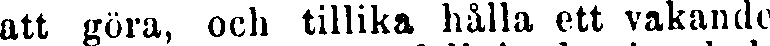
att göra, och tillika hålla ett vakande